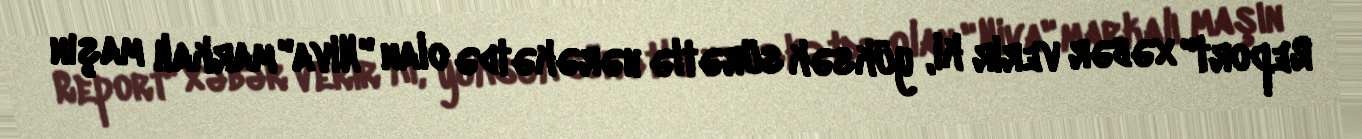
Report" xəbər verir ki, yüksək sürətlə hərəkətdə olan "Niva" markalı maşın